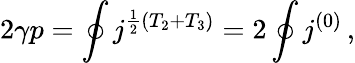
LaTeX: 2\gamma p=\oint j^{\frac{1}{2}(T_{2}+T_{3})}=2\oint j^{(0)}\, ,